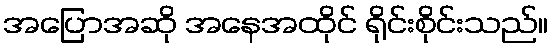
အပြောအဆို အနေအထိုင် ရိုင်းစိုင်းသည်။